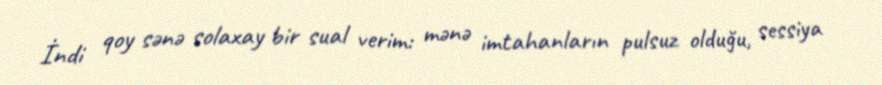
İndi qoy sənə solaxay bir sual verim: mənə imtahanların pulsuz olduğu, sessiya